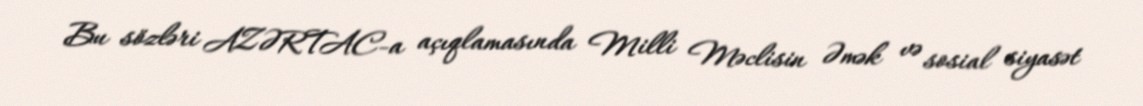
Bu sözləri AZƏRTAC-a açıqlamasında Milli Məclisin Əmək və sosial siyasət